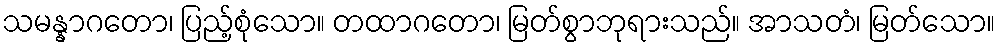
သမန္နာဂတော၊ ပြည့်စုံသော။ တထာဂတော၊ မြတ်စွာဘုရားသည်။ အာသတံ၊ မြတ်သော။